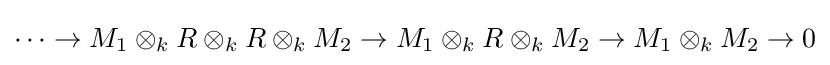
\cdots \rightarrow M_{1}\otimes _{k}R\otimes _{k}R\otimes _{k}M_{2}\rightarrow M_{1}\otimes _{k}R\otimes _{k}M_{2}\rightarrow M_{1}\otimes _{k}M_{2}\rightarrow 0